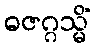
ဓဇဂ္ဂသ္မိံ